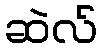
ဆဲလ်